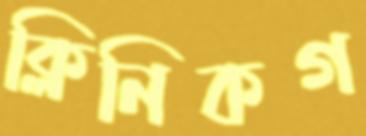
ক্লিনিকগ